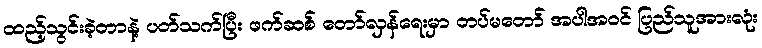
ထည့်သွင်းခဲ့တာနဲ့ ပတ်သက်ပြီး ဖက်ဆစ် တော်လှန်ရေးမှာ တပ်မတော် အပါအဝင် ပြည်သူအားလုံး